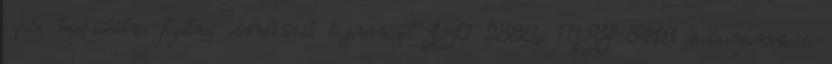
poli hierachikus fogalmi struktúrák tezauruszok ISO 2888; MSZ 3418 metainformációs